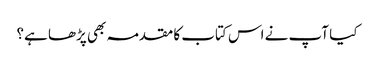
کیا آپ نے اس کتاب کا مقدمہ بھی پڑھا ہے؟